Black-water fever - Number 35
Disease focus: Fever
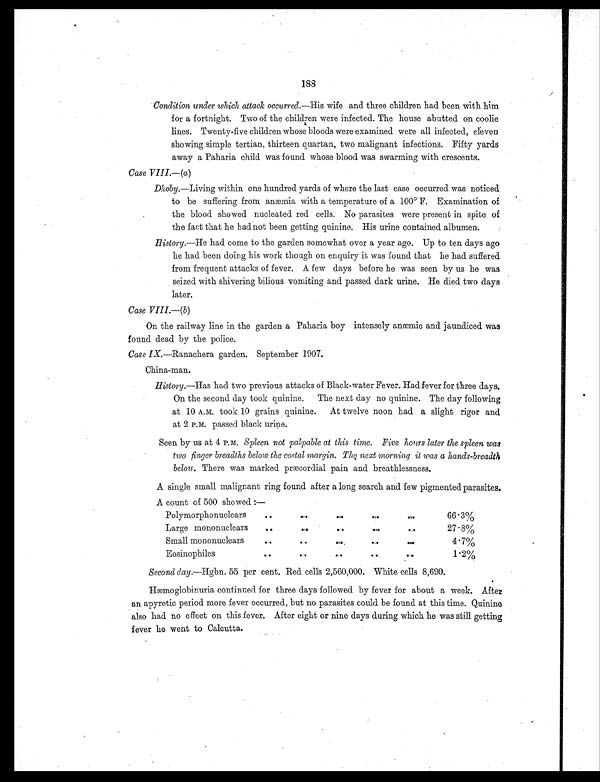
188
Condition under which attack occurred.—His wife and three children had been with him
for a fortnight. Two of the children were infected. The house abutted on coolie
lines. Twenty-five children whose bloods were examined were all infected, eleven
showing simple tertian, thirteen quartan, two malignant infections. Fifty yards
away a Paharia child was found whose blood was swarming with crescents.
Case VIII.—(a)
Dhoby.—Living within one hundred yards of where the last case occurred was noticed
to be suffering from anæmia with a temperature of a 100º F. Examination of
the blood showed nucleated red cells. No parasites were present in spite of
the fact that he had not been getting quinine. His urine contained albumen.
History.—He had come to the garden somewhat over a year ago. Up to ten days ago
he had been doing his work though on enquiry it was found that he had suffered
from frequent attacks of fever. A few days before he was seen by us he was
seized with shivering bilious vomiting and passed dark urine. He died two days
later.
Case VIII.—(b)
On the railway line in the garden a Paharia boy intensely anæmic and jaundiced was
found dead by the police.
Case IX.—Ranachera garden. September 1907.
China-man.
History.—Has had two previous attacks of Black-water Fever. Had fever for three days.
On the second day took quinine. The next day no quinine. The day following
at 10 A.M. took 10 grains quinine. At twelve noon had a slight rigor and
at 2 P.M. passed black urine.
Seen by us at 4 P.M. Spleen not palpable at this time. Five hours later the spleen was
two finger breadths below the costal margin. The next morning it was a hands-breadth
below. There was marked præcordial pain and breathlessness.
A single small malignant ring found after a long search and few pigmented parasites.
A count of 500 showed :—
Polymorphonuclears
. .
. .
. .
. .
. .
66.3%
Large mononuclears
. .
. .
. .
. .
. .
27.8%
Small mononuclears
. .
Eosinophiles
. .
. .
. .
..
. .
..
. .
. .
. .
4.7%
1.2%
Second day.—Hgbn. 55 per cent. Red cells 2,560,000. White cells 8,690.
Hæmoglobinuria continued for three days followed by fever for about a week. After
an apyretic period more fever occurred, but no parasites could be found at this time. Quinine
also had no effect on this fever. After eight or nine days during which he was still getting
f ever he went to Calcutta.